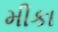
મીકા